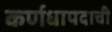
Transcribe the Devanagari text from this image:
कर्णधापदाची